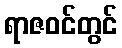
ရာဇဝင်တွင်